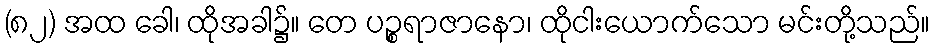
(၈၂) အထ ခေါ၊ ထိုအခါ၌။ တေ ပဉ္စရာဇာနော၊ ထိုငါးယောက်သော မင်းတို့သည်။